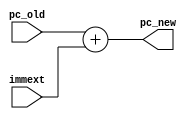
`timescale 1ns / 1ns
module pc_target(input[31:0]immext,pc_old,output[31:0]pc_new);
assign pc_new=pc_old+immext;
endmodule